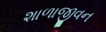
શાળાજીવન